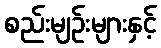
စည်းမျဉ်းများနှင့်